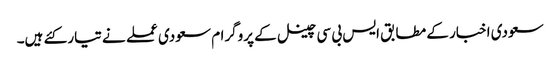
سعودی اخبار کے مطابق ایس بی سی چینل کے پروگرام سعودی عملے نے تیار کئے ہیں۔